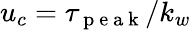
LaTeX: u_{c}=\tau_{\mathrm{~p~e~a~k~}}/k_{w}